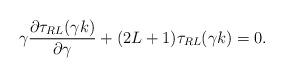
LaTeX: \begin{align*}\gamma\frac{{\partial} \tau_{RL}(\gamma k)}{{\partial} \gamma}+(2L+1)\tau_{RL}(\gamma k)=0.\end{align*}